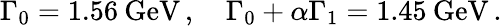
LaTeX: \Gamma_{0}=1.56\: \mathrm{GeV}\, ,\quad\Gamma_{0}+\alpha\Gamma_{1}=1.45\: \mathrm{GeV}\, .